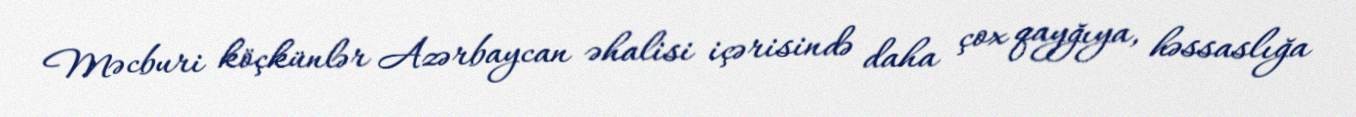
Məcburi köçkünlər Azərbaycan əhalisi içərisində daha çox qayğıya, həssaslığa